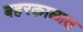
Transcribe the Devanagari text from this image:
बहरकाळात